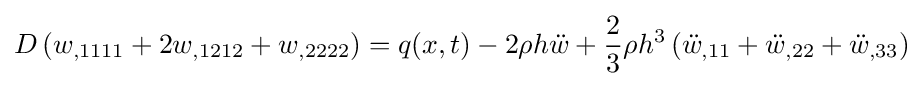
D\left(w_{,1111}+2w_{,1212}+w_{,2222}\right)=q(x,t)-2\rho h{\ddot {w}}+{\frac {2}{3}}\rho h^{3}\left({\ddot {w}}_{,11}+{\ddot {w}}_{,22}+{\ddot {w}}_{,33}\right)